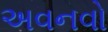
અવનવો